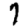
Digit: 7